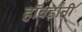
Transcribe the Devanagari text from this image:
हॉवर्डांनी